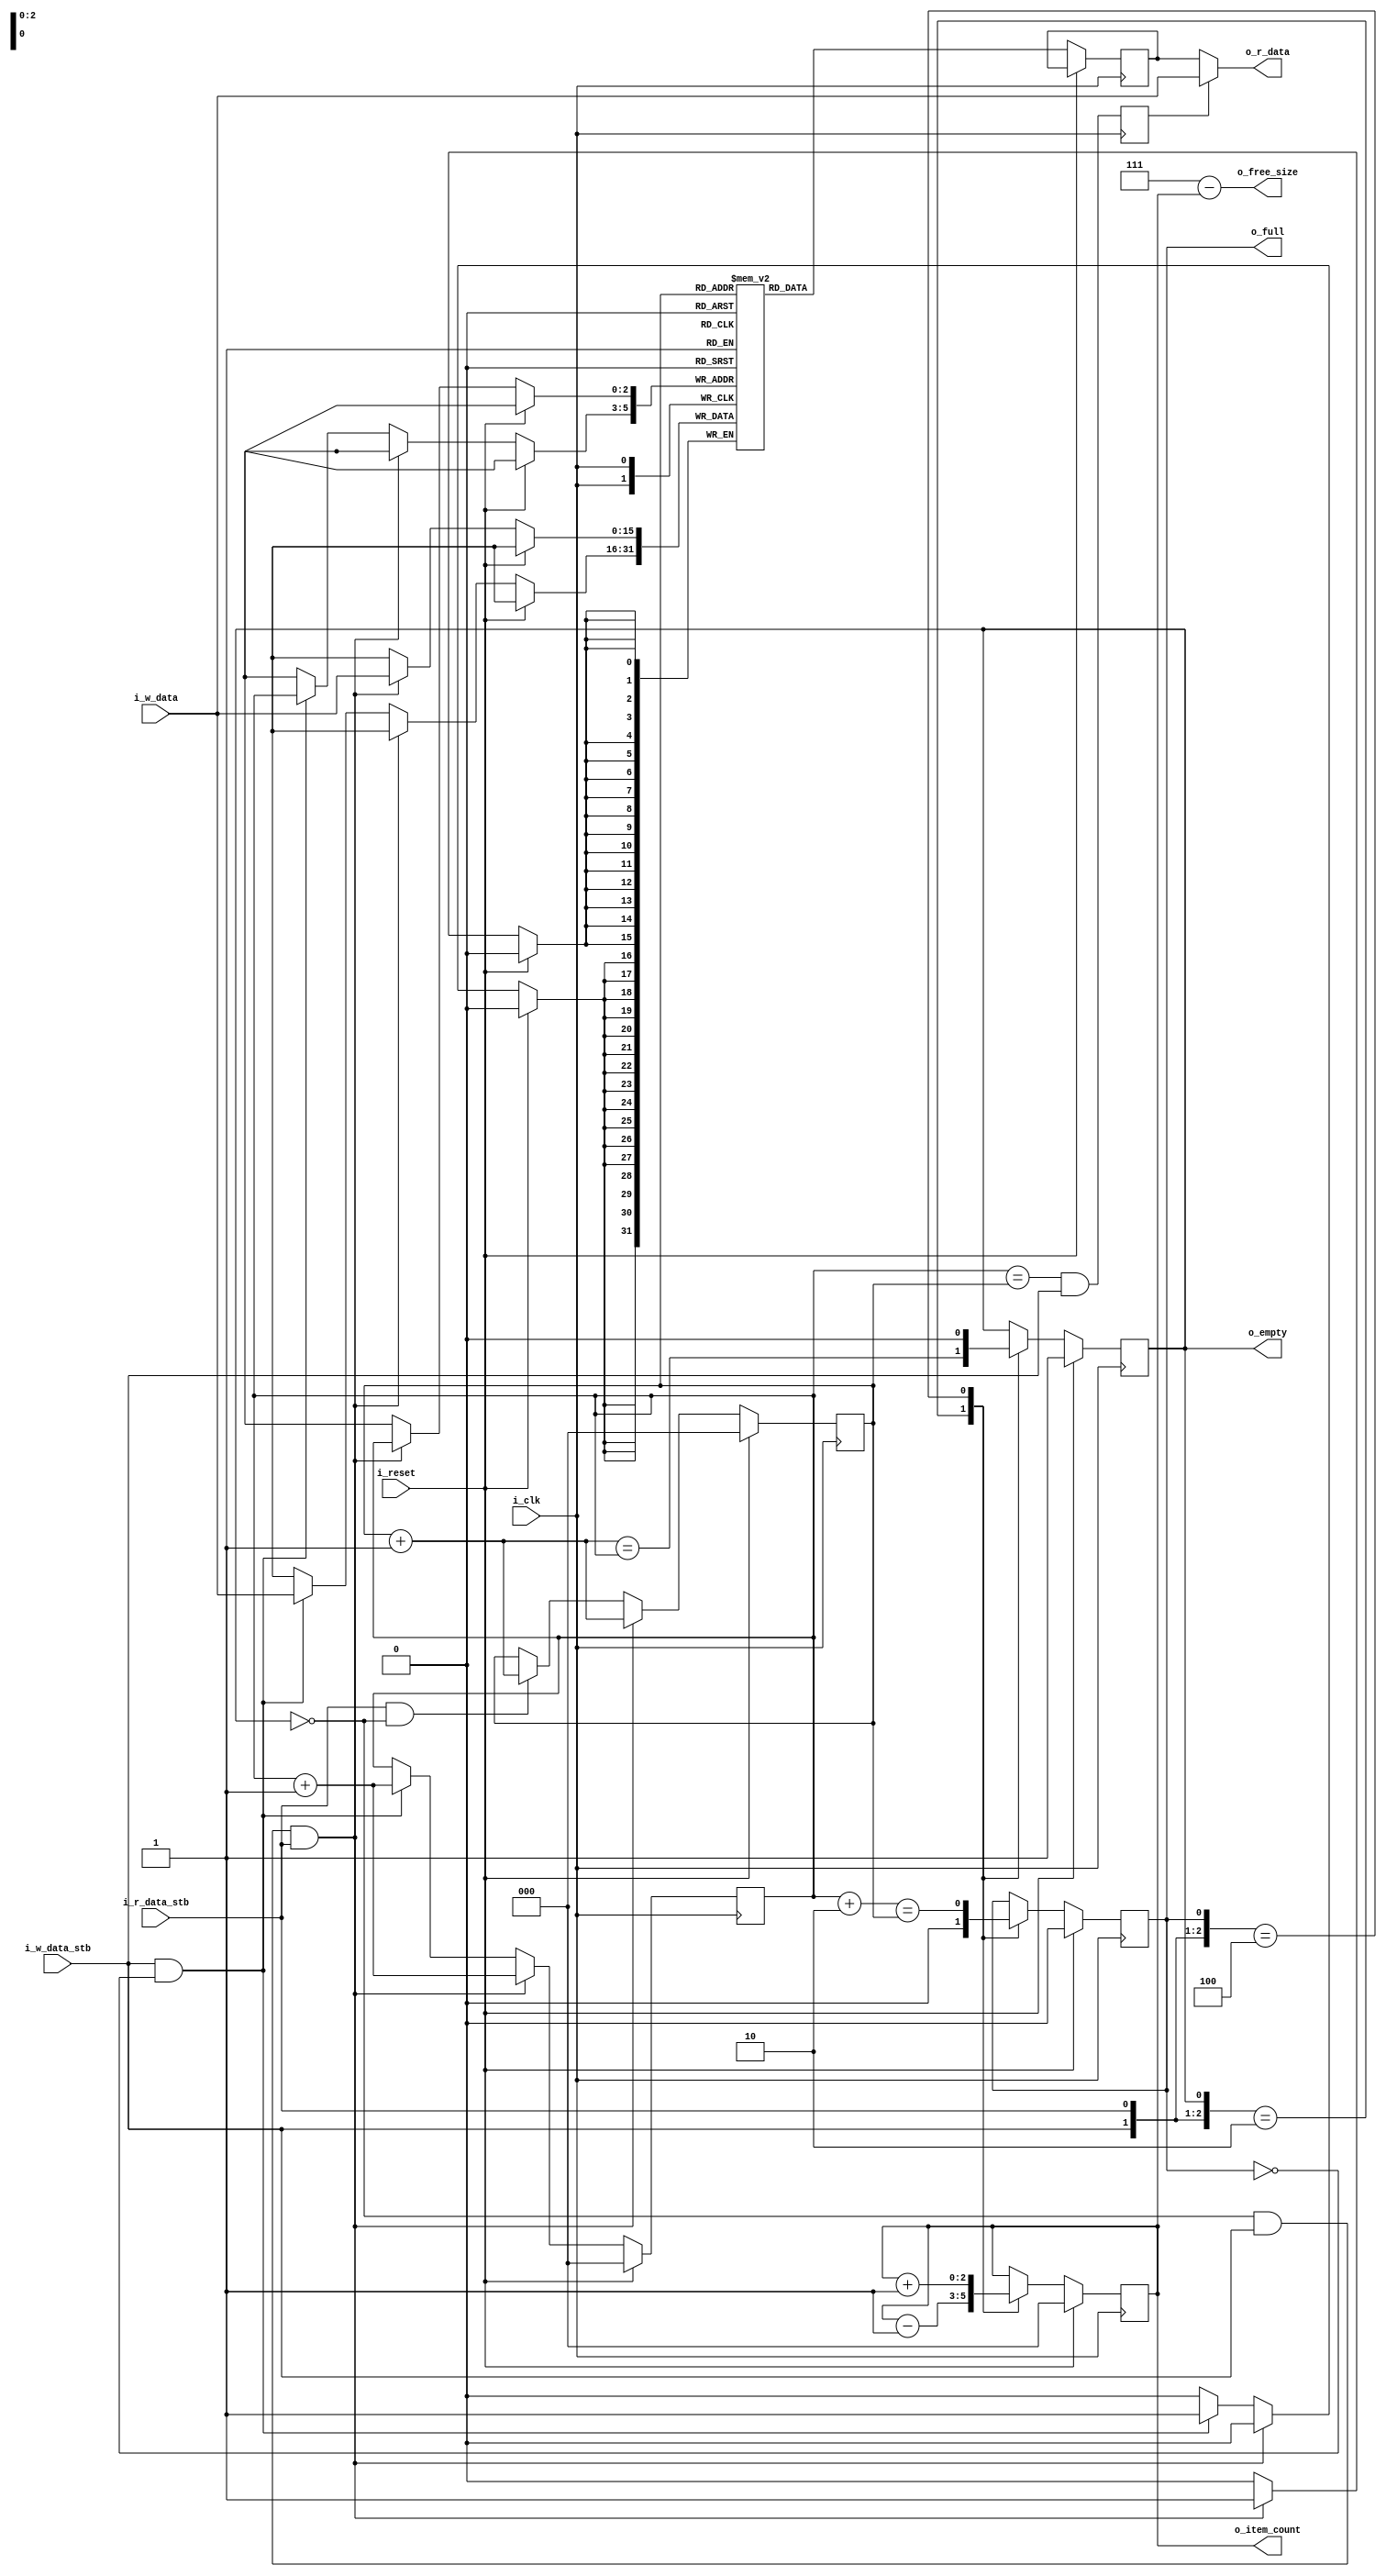
module fifo(
`ifdef USE_POWER_PINS
  inout vccd1,	// User area 1 1.8V supply
  inout vssd1,	// User area 1 digital ground
`endif
    // RCC
    input wire i_reset,
    input wire i_clk,
    // Write
    input [DATA_WIDTH-1:0] i_w_data,
    input wire i_w_data_stb,
    // Read
    output wire [DATA_WIDTH-1:0] o_r_data,
    input wire i_r_data_stb,
    // Status
    output wire o_full,
    output wire o_empty,
    output wire [$clog2(MAX_ENTRIES)-1:0] o_item_count,
    output wire [$clog2(MAX_ENTRIES)-1:0] o_free_size
);

// Width of FIFO entries
parameter DATA_WIDTH = 16;
// Element count for backing data array.
// Note that this implementation can only actually hold MAX_ENTRIES - 1 entries
parameter MAX_ENTRIES = 8;

// Read/write pointers
reg [$clog2(MAX_ENTRIES)-1:0] write_idx = 0;
reg [$clog2(MAX_ENTRIES)-1:0] read_idx  = 0;

// Data storage
reg [DATA_WIDTH-1:0] data [MAX_ENTRIES-1:0];

// Empty if read/write are same index
wire [$clog2(MAX_ENTRIES)-1:0] read_plus_1 = read_idx + 1;
reg r_empty = 1'b1;
assign o_empty = r_empty;

// Full if write + 1 == read
wire [$clog2(MAX_ENTRIES)-1:0] write_plus_2 = write_idx + 2;
reg r_full = 1'b0;
assign o_full = r_full;

// Number of items in FIFO
reg [$clog2(MAX_ENTRIES)-1:0] r_item_count = 0;
assign o_item_count = r_item_count;
// Free size is max size - item_count - 1
wire [$clog2(MAX_ENTRIES+1)-1:0] free_size = (MAX_ENTRIES-1) - r_item_count;
assign o_free_size = free_size[$clog2(MAX_ENTRIES)-1:0];

// Buffer for read data from block ram
// Need to always read this for it to interpret the read clock domain correctly
reg [DATA_WIDTH-1:0] read_idx_data;

// If a write occurs to an empty fifo, the r_empty signal will go low
// immediately, but the output value will not change until the cycle after.
// To get around this, check for this case and display the input directly on
// the output when it happens
reg is_write_on_empty;
always @(posedge i_clk)
    is_write_on_empty <= (write_idx == read_idx && i_w_data_stb);
assign o_r_data = is_write_on_empty ? i_w_data : read_idx_data;

// Data
always @(posedge i_clk) begin
    if (i_reset) begin
        write_idx <= 0;
        read_idx <= 0;
    end else begin
        // Read can always load the data at the read index into the output reg
        read_idx_data <= data[read_idx];

        // Special case concurrent write + read - this works even if we are full
        // since both pointers will move
        if (!r_empty && i_w_data_stb && i_r_data_stb) begin
            data[write_idx] <= i_w_data;
            write_idx <= write_idx + 1;
            read_idx <= read_idx + 1;
        end else begin
            // Are we being written?
            if (i_w_data_stb && !r_full) begin
                // Set write enable on RAM
                data[write_idx] <= i_w_data;
                write_idx <= write_idx + 1;
            end

            // Are we being read?
            if (i_r_data_stb && !r_empty) begin
                read_idx <= read_idx + 1;
            end
        end

    end
end

// Size and flags
always @(posedge i_clk) begin
    if (i_reset) begin
        r_item_count <= 0;
        r_full <= 0;
        r_empty <= 1;
    end else begin
        casez ({i_w_data_stb, i_r_data_stb, r_empty, r_full})
            4'b010?: begin
                // Read while non-empty
                r_item_count <= r_item_count - 1;
                r_empty <= read_plus_1 == write_idx;
                r_full <= 0; // Can't be full if we just read something
            end
            4'b10?0: begin
                // Write while non-full
                r_item_count <= r_item_count + 1;
                r_full <= write_plus_2 == read_idx;
                r_empty <= 0; // Can't be empty if we just wrote something
            end
            default: begin /* anything else doesn't affect */ end
        endcase
    end
end

endmodule